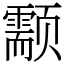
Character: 颥